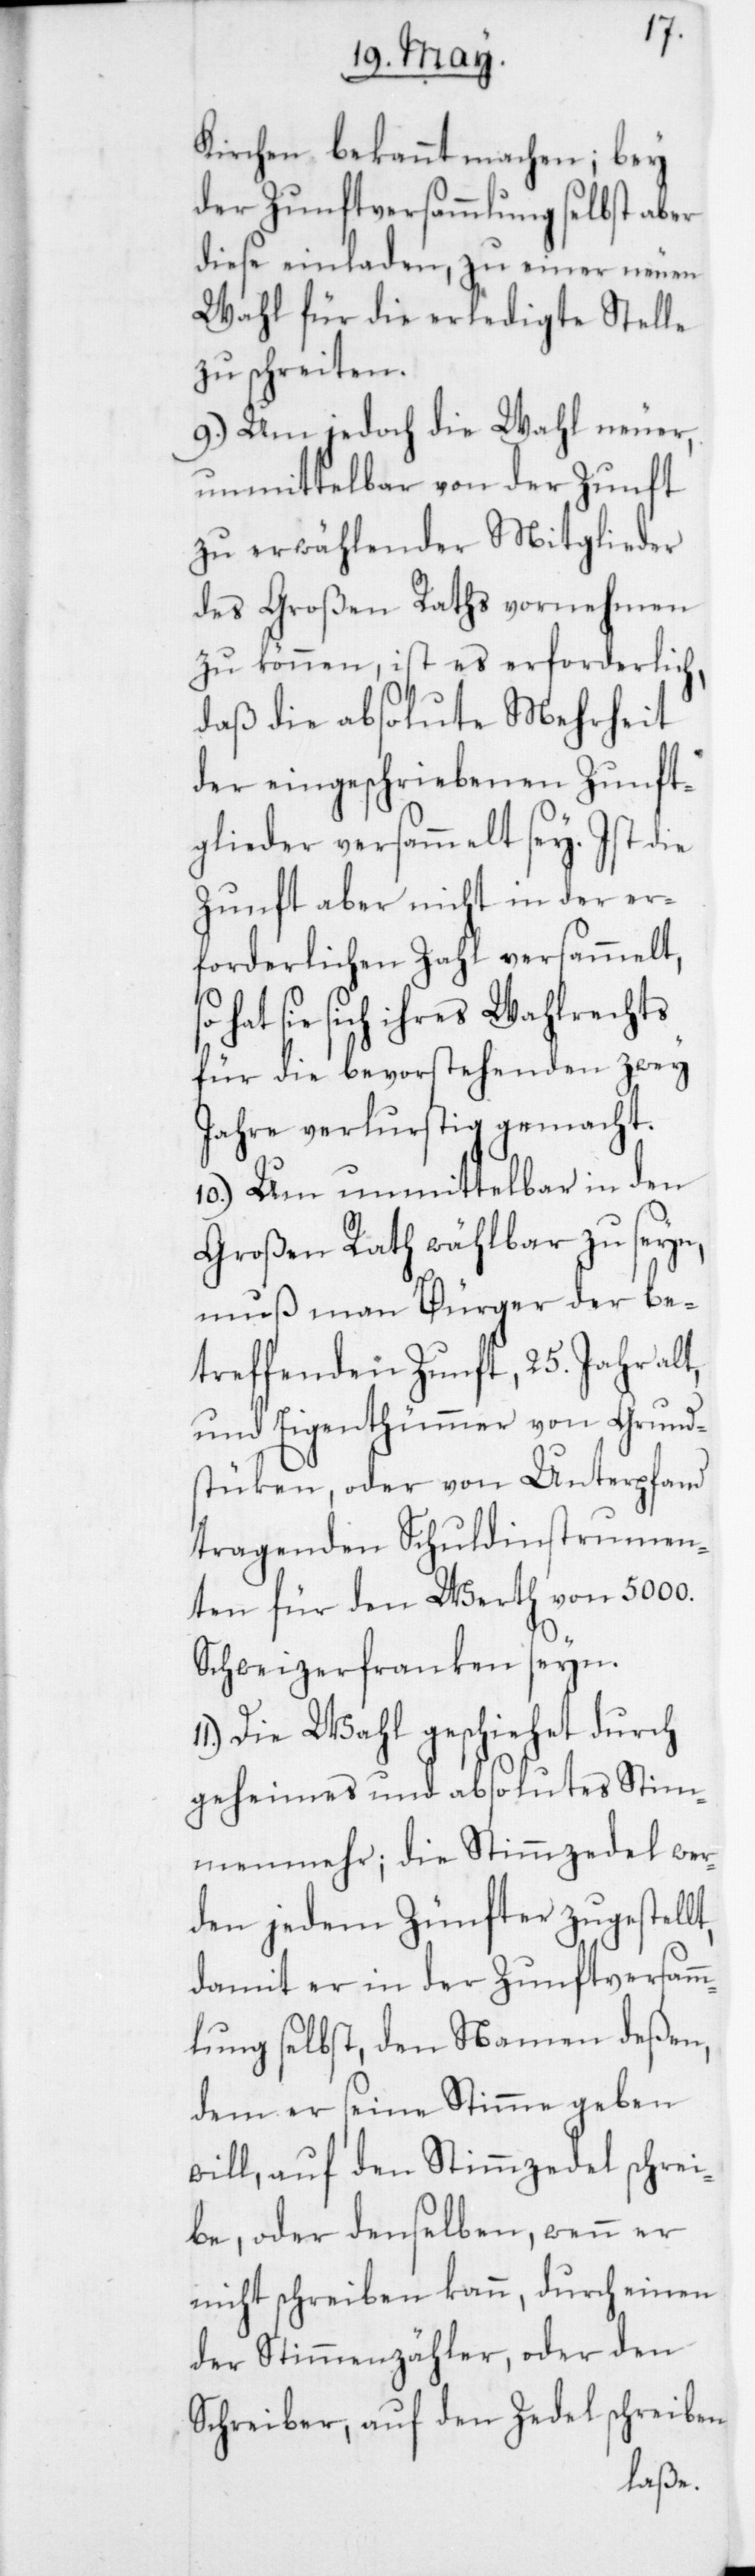
Kirchen bekannt machen; bey
der Zunftversammlung selbst aber
diese einladen, zu einer neuen
Wahl für die erledigte Stelle
zu schreiten.
9. Um jedoch die Wahl neuer,
unmittelbar von der Zunft
zu erwählender Mitglieder
des Großen Raths vornehmen
zu können, ist es erforderlich,
daß die absolute Mehrheit
der eingeschriebenen Zunft¬
glieder versammelt sey. Ist die
Zunft aber nicht in der er¬
forderlichen Zahl versammelt,s¬
o hat sie sich ihres Wahlrechts
für die bevorstehenden zwey
Jahre verlurstig gemacht.
10. Um unmittelbar in den
Großen Rath wählbar zu seyn,
muß man Bürger der be¬
treffenden Zunft, 25. Jahr alt,
und Eigenthümmer von Grund¬
stüken oder von Unterpfand
tragenden Schuldinstrumen¬
ten für den Werth von 5000.
Schweizerfranken seyn.
Die Wahl geschiehet durch
geheimes und absolutes Stim¬
menmehr; die Stimmzedel wer¬
den jedem Zünfter zugestellt,
damit er in der Zunftversamm¬
lung selbst, den Namen deßen,
dem er seine Stimme geben
will, auf den Stimmzedel schrei¬
be, oder denselben, wenn er
nicht schreiben kann, durch einen
der Stimmzähler oder den
Schreiber, auf den Zedel schreiben